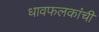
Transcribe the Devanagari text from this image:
धावफलकांची